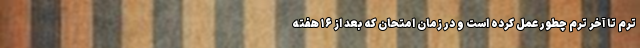
ترم تا آخر ترم چطور عمل کرده است و در زمان امتحان که بعد از ۱۶ هفته